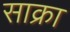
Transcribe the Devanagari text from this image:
साक्रा